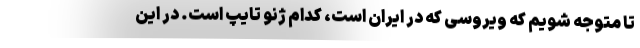
تا متوجه شویم که ویروسی که در ایران است، کدام ژنو تایپ است. در این